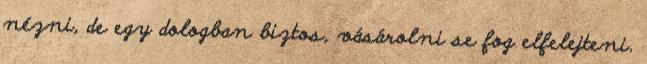
nézni, de egy dologban biztos, vásárolni se fog elfelejteni.